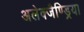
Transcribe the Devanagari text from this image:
अलेक्जैण्ड्रिया